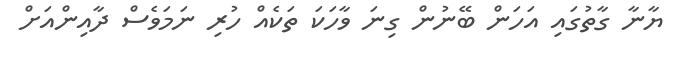
ޔާނާ ގާތުގައި އަހަން ބޭނުން ގިނަ ވާހަކަ ތަކެއް ހުރި ނަމަވެސް ދާއިންއަށް